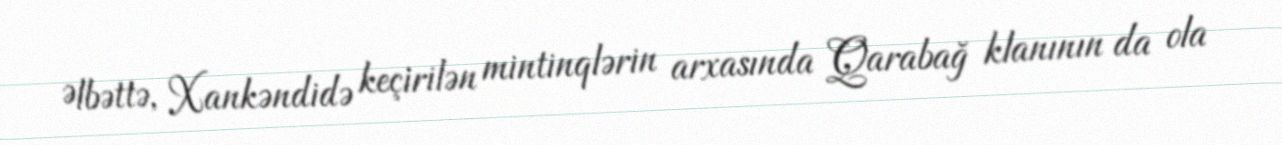
Əlbəttə, Xankəndidə keçirilən mintinqlərin arxasında Qarabağ klanının da ola